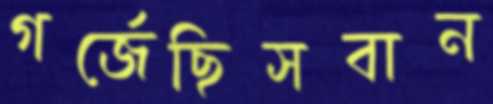
গর্‌জেছিসবান